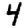
Digit: 4